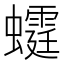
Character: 𧓴